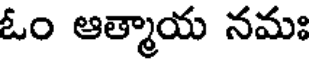
ఓం ఆత్మాయ నమః